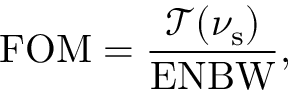
\mathrm { F O M } = \frac { \mathcal { T } ( { \nu } _ { \mathrm { { s } } } ) } { \mathrm { E N B W } } ,